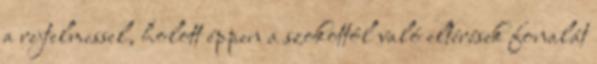
a rejtelmessel, holott éppen a szokottól való eltérések fonalát